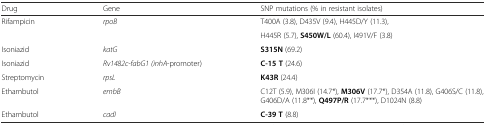
<table><thead><tr><td><b>Drug</b></td><td><b>Gene</b></td><td><b>SNP mutations (% in resistant isolates)</b></td></tr></thead><tbody><tr><td>Rifampicin</td><td><i>rpoB</i></td><td>T400A (3.8), D435V (9.4), H445D/Y (11.3),</td></tr><tr><td></td><td></td><td>H445R (5.7), <b>S450W/L</b> (60.4), I491V/F (3.8)</td></tr><tr><td>Isoniazid</td><td><i>katG</i></td><td><b>S315N</b> (69.2)</td></tr><tr><td>Isoniazid</td><td><i>Rv1482c-fabG1 (inhA</i>-promoter)</td><td><b>C-15 T</b> (24.6)</td></tr><tr><td>Streptomycin</td><td><i>rpsL</i></td><td><b>K43R</b> (24.4)</td></tr><tr><td>Ethambutol</td><td><i>embB</i></td><td>C12T (5.9), M306I (14.7*), <b>M306V</b> (17.7*), D354A (11.8), G406S/C (11.8), G406D/A (11.8**), <b>Q497P/R</b> (17.7***), D1024N (8.8)</td></tr><tr><td>Ethambutol</td><td><i>cadI</i></td><td><b>C-39 T</b> (8.8)</td></tr></tbody></table>